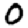
Digit: 0